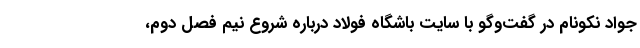
جواد نکونام در گفت‌وگو با سایت باشگاه فولاد درباره شروع نیم فصل دوم،